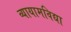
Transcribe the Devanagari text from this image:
व्यायामविद्या